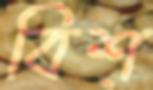
বিশ্